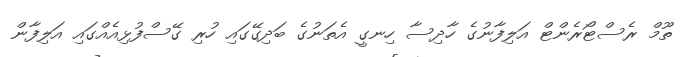
ތޫމް ރެސްޓޯރެންޓް އަލިފާނުގެ ހާދިސާ ހިނގީ އެތަނުގެ ބަދިގޭގައި ހުރި ގޭސްފުޅިއެއްގައި އަލިފާން